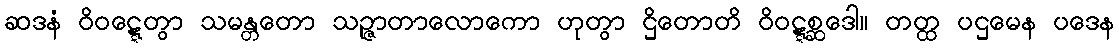
ဆဒနံ ဝိဝဋ္ဋေတွာ သမန္တတော သဉ္ဇာတာလောကော ဟုတွာ ဌိတောတိ ဝိဝဋ္ဋစ္ဆဒေါ။ တတ္ထ ပဌမေန ပဒေန